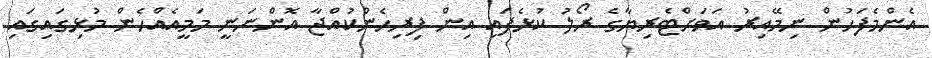
އެންމެފަހުން ނިމޭއިރު އަވަށްޓެރިޔާގެ ރޯލު ކުޅެފައި އިން ފިރިހެންކުއްޖާ އޮންނަނީ މަމީއެއްހެން މުޅިގައިގައި